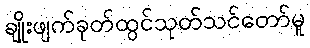
ချိုးဖျက်ခုတ်ထွင်သုတ်သင်တော်မူ